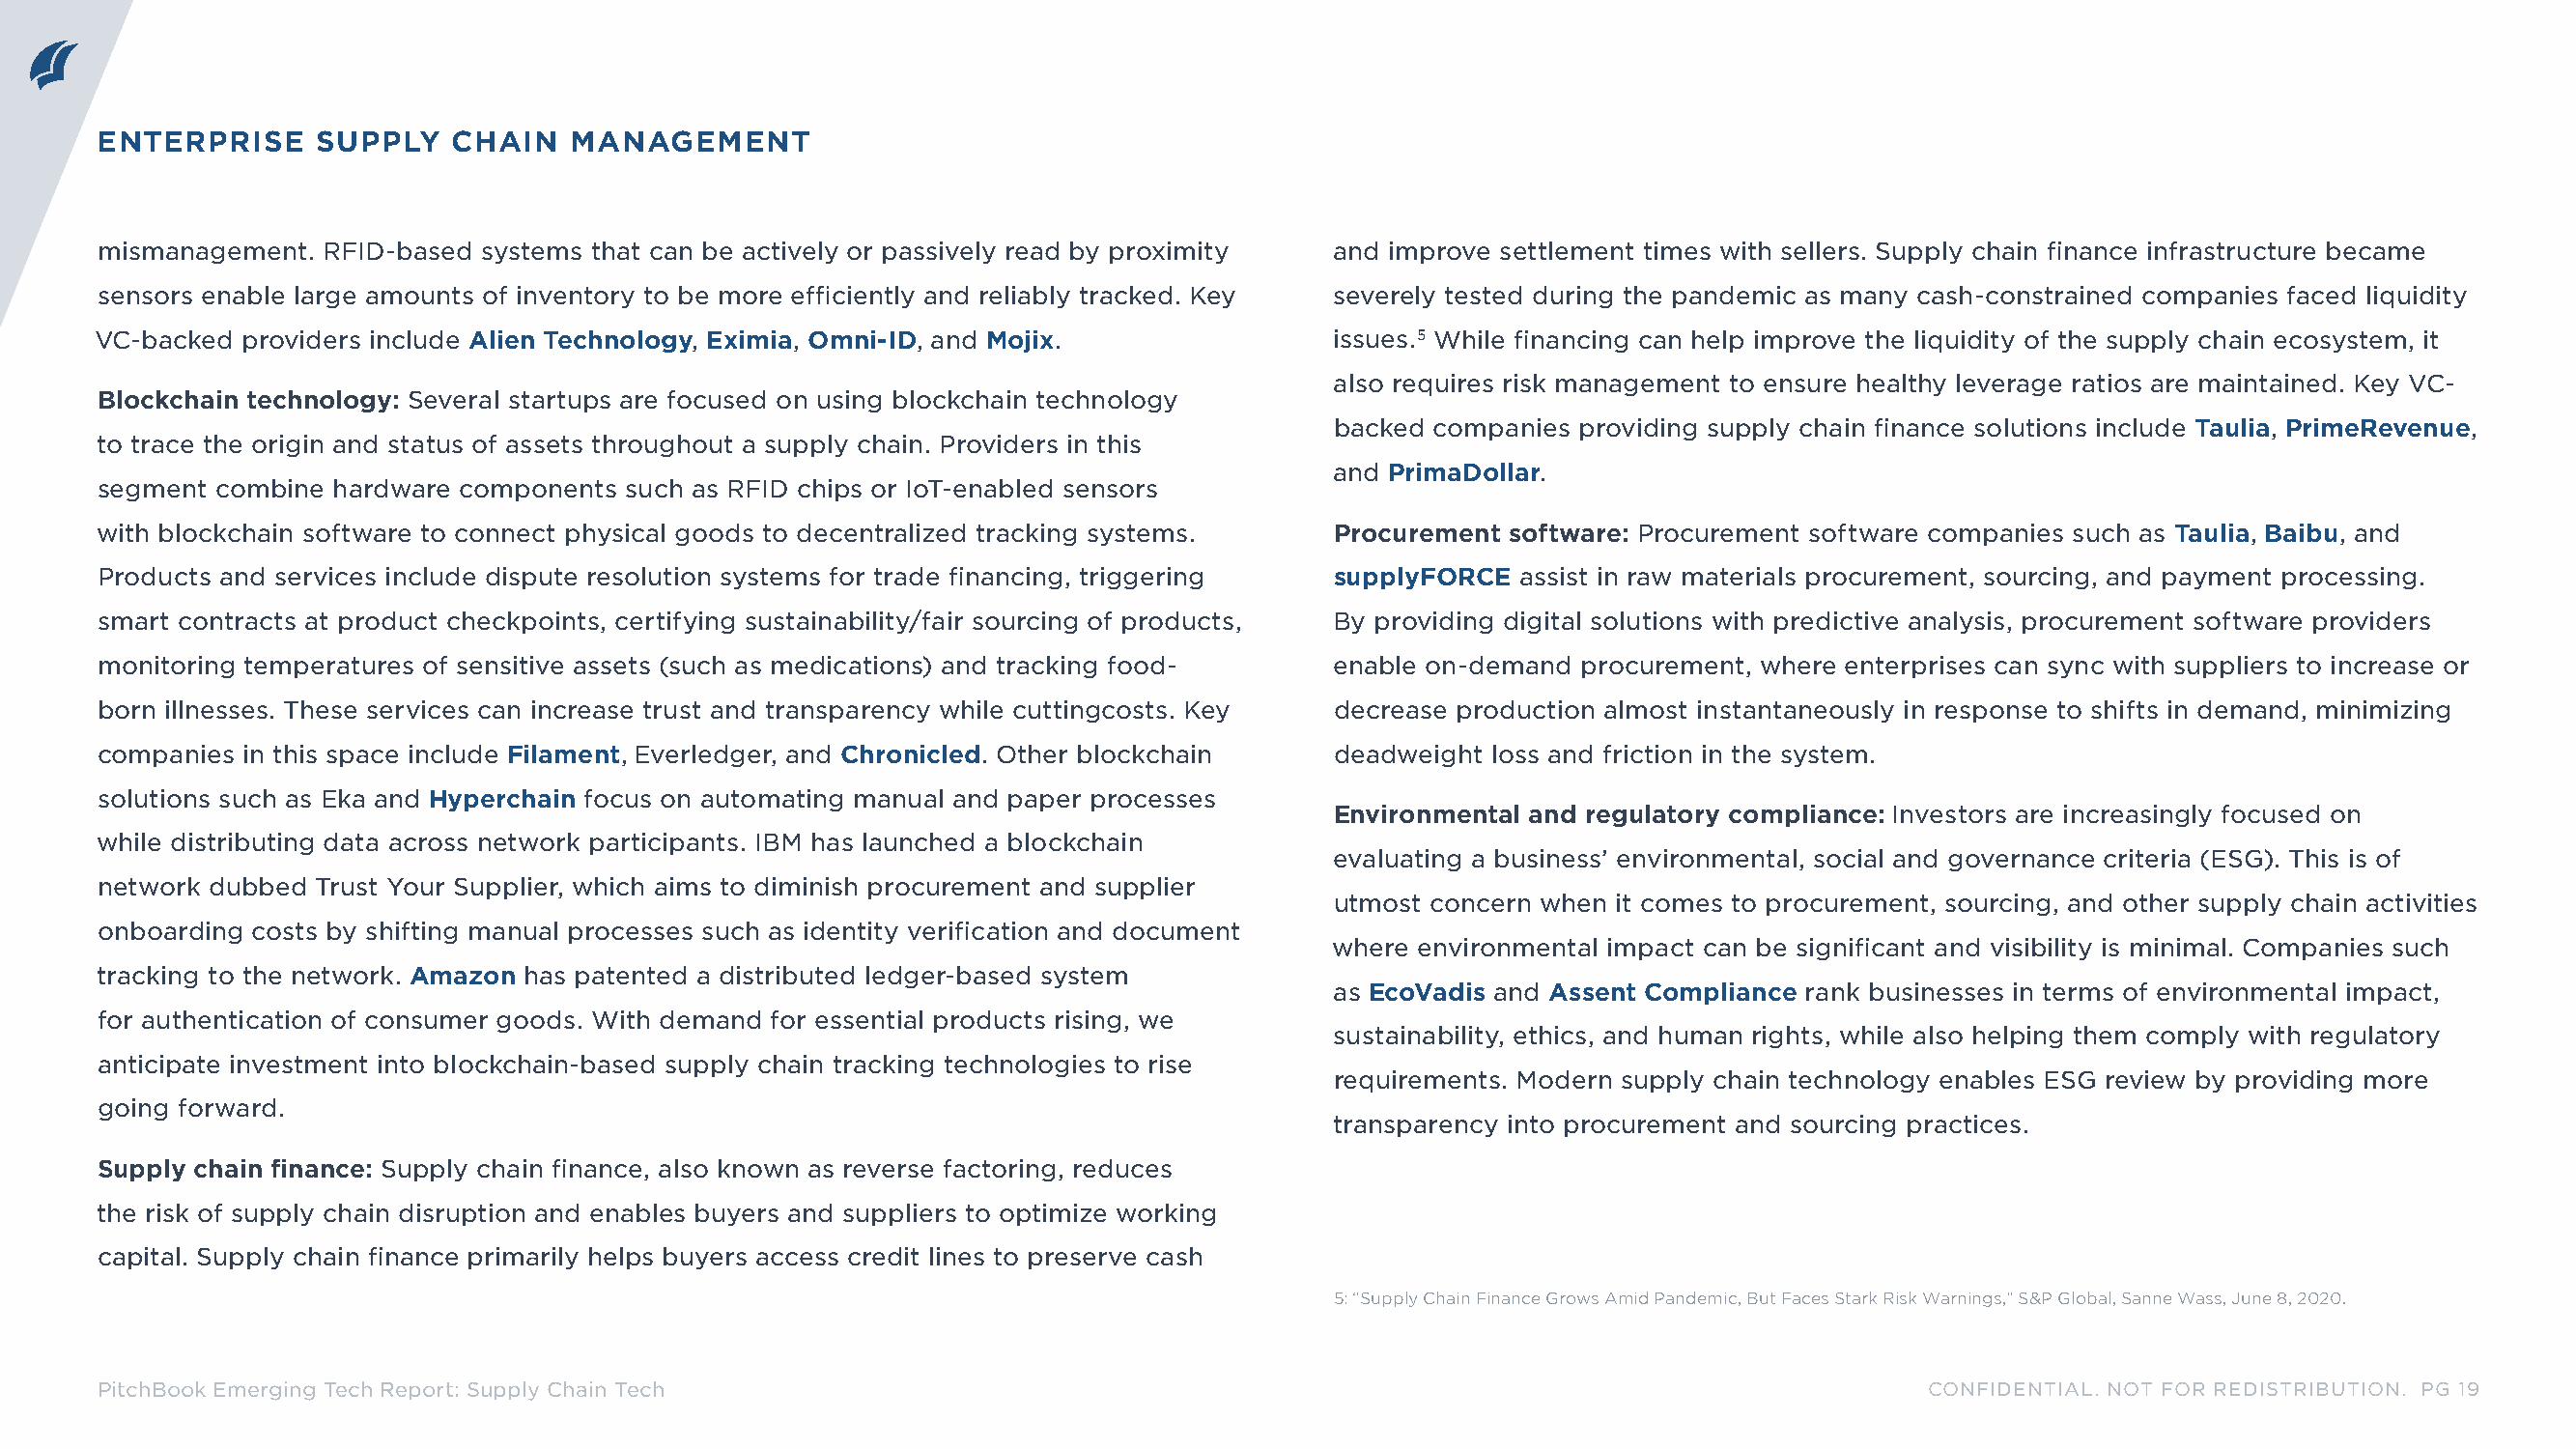
ENTERPRISE     SUPPLY   CHAIN   MANAGEMENT
 mismanagement. RFID-based systems that can be actively or passively read by proximity and improve settlement times with sellers. Supply chain finance infrastructure became
 sensors enable large amounts of inventory to be more efficiently and reliably tracked. Key severely tested during the pandemic as many cash-constrained companies faced liquidity
 VC-backed providers include Alien Technology, Eximia, Omni-ID, and Mojix.           issues.5 While financing can help improve the liquidity of the supply chain ecosystem, it
 also requires risk management to ensure healthy leverage ratios are maintained. Key VC-
 Blockchain technology: Several startups are focused on using blockchain technology
 backed companies providing supply chain finance solutions include Taulia, PrimeRevenue,
 to trace the origin and status of assets throughout a supply chain. Providers in this
 and PrimaDollar.
 segment combine hardware components such as RFID chips or IoT-enabled sensors
 with blockchain software to connect physical goods to decentralized tracking systems. Procurement software: Procurement software companies such as Taulia, Baibu, and
 Products and services include dispute resolution systems for trade financing, triggering supplyFORCE assist in raw materials procurement, sourcing, and payment processing.
 smart contracts at product checkpoints, certifying sustainability/fair sourcing of products, By providing digital solutions with predictive analysis, procurement software providers
 monitoring temperatures of sensitive assets (such as medications) and tracking food- enable on-demand procurement, where enterprises can sync with suppliers to increase or
 born illnesses. These services can increase trust and transparency while cuttingcosts. Key decrease production almost instantaneously in response to shifts in demand, minimizing
 companies in this space include Filament, Everledger, and Chronicled. Other blockchain deadweight loss and friction in the system.
 solutions such as Eka and Hyperchain focus on automating manual and paper processes
 Environmental and regulatory compliance: Investors are increasingly focused on
 while distributing data across network participants. IBM has launched a blockchain
 evaluating a business’ environmental, social and governance criteria (ESG). This is of
 network dubbed Trust Your Supplier, which aims to diminish procurement and supplier
 utmost concern when it comes to procurement, sourcing, and other supply chain activities
 onboarding costs by shifting manual processes such as identity verification and document
 where environmental impact can be significant and visibility is minimal. Companies such
 tracking to the network. Amazon has patented a distributed ledger-based system
 as EcoVadis and Assent Compliance rank businesses in terms of environmental impact,
 for authentication of consumer goods. With demand for essential products rising, we
 sustainability, ethics, and human rights, while also helping them comply with regulatory
 anticipate investment into blockchain-based supply chain tracking technologies to rise
 requirements. Modern supply chain technology enables ESG review by providing more
 going forward.
 transparency into procurement and sourcing practices.
 Supply chain finance: Supply chain finance, also known as reverse factoring, reduces
 the risk of supply chain disruption and enables buyers and suppliers to optimize working
 capital. Supply chain finance primarily helps buyers access credit lines to preserve cash
 5: “Supply Chain Finance Grows Amid Pandemic, But Faces Stark Risk Warnings,” S&P Global, Sanne Wass, June 8, 2020.
 PitchBook Emerging Tech Report: Supply Chain Tech                                                                            CONFIDENTIAL. NOT FOR REDISTRIBUTION. PG 19